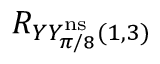
R _ { Y Y _ { \pi / 8 } ^ { \mathrm { n s } } ( 1 , 3 ) }